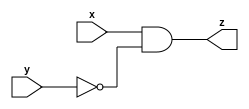
module task2_13(x,y,z);
    input x,y;
    output z;
    assign z = x&~y;
endmodule